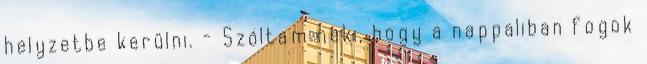
helyzetbe kerülni. - Szóltam neki, hogy a nappaliban fogok